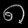
Digit: ၈